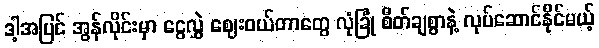
ဒါ့အပြင် အွန်လိုင်းမှာ ငွေလွှဲ ဈေးဝယ်တာတွေ လုံခြုံ စိတ်ချစွာနဲ့ လုပ်ဆောင်နိုင်မယ့်